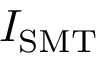
I _ { \mathrm { S M T } }